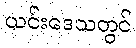
ယင်းဒေသတွင်